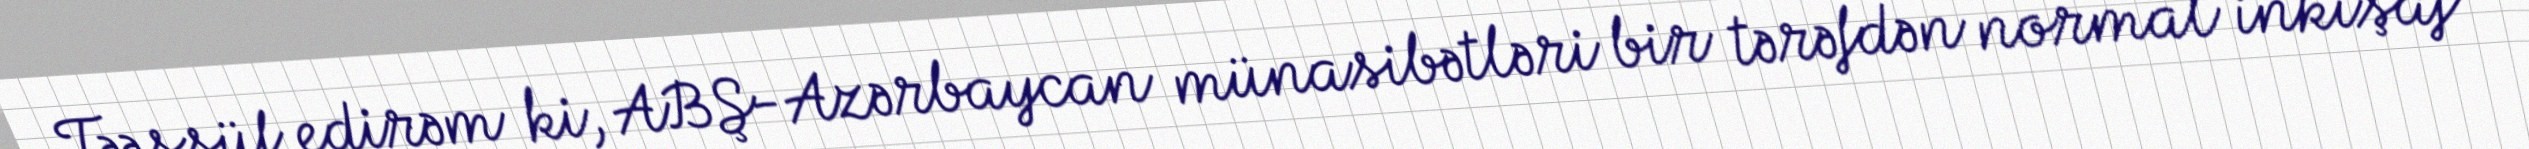
Təəssüf edirəm ki, ABŞ-Azərbaycan münasibətləri bir tərəfdən normal inkişaf